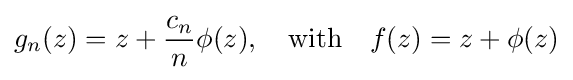
g_{n}(z)=z+{\frac {c_{n}}{n}}\phi (z),\quad {\text{with}}\quad f(z)=z+\phi (z)